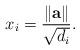
LaTeX: \begin{align*}x_i=\frac{\|{\bf a}\|}{\sqrt{d_i}}.\end{align*}